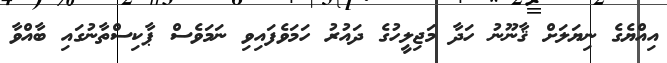
އިއްޔެގެ ނިޔަލަށް ޤާނޫނު ހަދާ މަޖިލީހުގެ ދައުރު ހަމަވެފައިވި ނަމަވެސް ޕާކިސްތާނުގައި ބާއްވާ